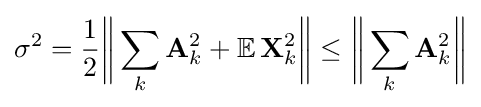
\sigma ^{2}={\frac {1}{2}}{\bigg \Vert }\sum _{k}\mathbf {A} _{k}^{2}+\mathbb {E} \,\mathbf {X} _{k}^{2}{\bigg \Vert }\leq {\bigg \Vert }\sum _{k}\mathbf {A} _{k}^{2}{\bigg \Vert }